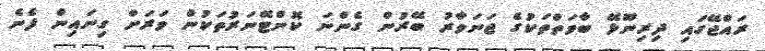
ރައްޖޭގައި ދިރިނޫޅޭ ބާވަތްތަކުގެ ޖަނަވާރު ބޭރުން ގެންނަ ކޮންޓޭނަރުތަކުން ވަރަށް ގިނައިން ފެނެ